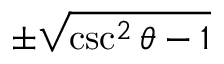
\pm { \sqrt { \csc ^ { 2 } \theta - 1 } }